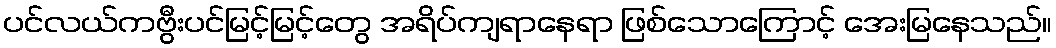
ပင်လယ်ကဗွီးပင်မြင့်မြင့်တွေ အရိပ်ကျရာနေရာ ဖြစ်သောကြောင့် အေးမြနေသည်။